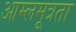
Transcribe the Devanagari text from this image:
आम्लमूत्रता